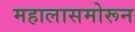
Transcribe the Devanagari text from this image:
महालासमोरून